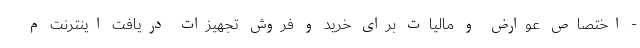
- اختصاص عوارض و مالیات برای خرید و فروش تجهیزات دریافت اینترنت م